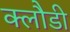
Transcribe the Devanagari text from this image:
क्लौडी